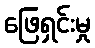
ဖြေရှင်းမှု